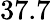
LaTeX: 37.7